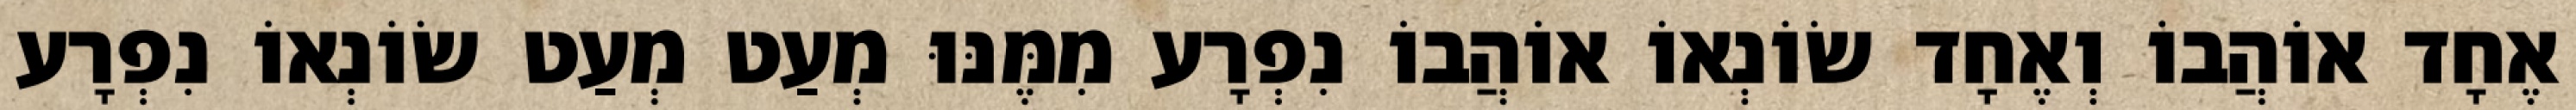
אֶחָד אוֹהֲבוֹ וְאֶחָד שׂוֹנְאוֹ אוֹהֲבוֹ נִפְרָע מִמֶּנּוּ מְעַט מְעַט שׂוֹנְאוֹ נִפְרָע